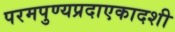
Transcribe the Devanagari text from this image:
परमपुण्यप्रदाएकादशी